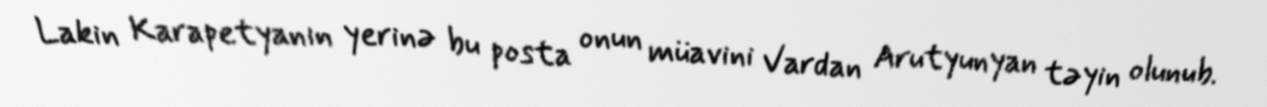
Lakin Karapetyanın yerinə bu posta onun müavini Vardan Arutyunyan təyin olunub.